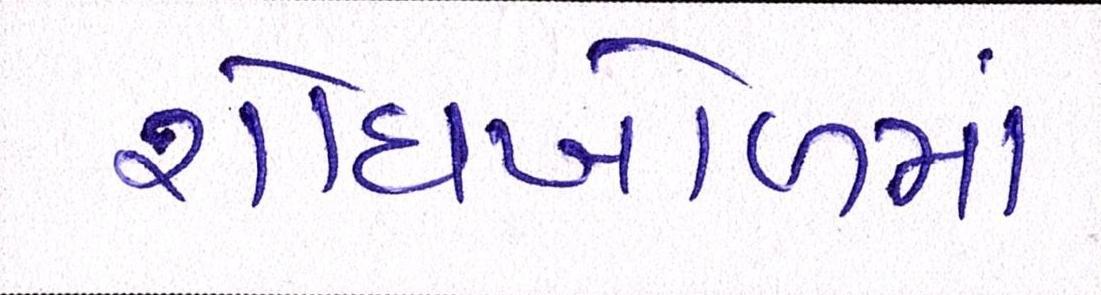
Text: શોધખોળમાં